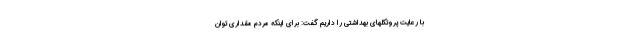
با رعایت پروتکلهای بهداشتی را داریم گفت: برای اینکه مردم مقداری توان